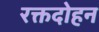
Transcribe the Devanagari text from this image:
रक्तदोहन